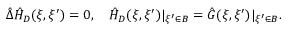
\hat { \Delta } { \hat { H } _ { D } } ( \xi , \xi ^ { \prime } ) = 0 , \quad { \hat { H } _ { D } } ( \xi , \xi ^ { \prime } ) { | _ { \xi ^ { \prime } \in B } } = \hat { G } ( \xi , \xi ^ { \prime } ) { | _ { \xi ^ { \prime } \in B } } .